system: You are a helpful assistant.
user:
Analyze the provided spectrum to determine if it is a **White Dwarf (WD)**.

A White Dwarf spectrum is defined by its **extreme purity** (due to gravitational settling) and/or **extreme pressure broadening** (due to high surface gravity). You must check for one of the following mutually exclusive signatures:

- **Key Visual Indicators (Check for ONE of these types):**

    - **1. DA-Type Signature (Most Common):**
        - **(Primary Feature):** Extreme pressure broadening (Stark broadening) of the **Hydrogen (H) Balmer lines**.
        - **(Key Lines):** $H\beta$ (approx. $4861$ Å) and $H\gamma$ (approx. $4340$ Å). $H\alpha$ (approx. $6563$ Å) will also be present if the wavelength range covers it.
        - **(Line Profile):** This is the **defining feature**. The lines are **NOT** sharp. They appear as massive, **extremely broad and deep "troughs" or "dips"** in the spectrum, often hundreds of Ångströms wide. The continuum will appear to "scoop" down at these wavelengths.
        - **(Distinction):** Normal A-type or B-type stars have *narrow* and *sharp* Hydrogen lines. A DA White Dwarf's lines are unmistakably "smeared" or "blurry" from pressure.

    - **2. DB-Type Signature:**
        - **(Primary Feature):** Broad absorption lines from **Neutral Helium (He I)**. The spectrum must lack any visible Hydrogen lines.
        - **(Key Lines):** Look for broad absorption near $4471$ Å, $4921$ Å, and $5876$ Å.
        - **(Line Profile):** These lines are also significantly pressure-broadened, appearing much wider than they would in a normal B-type main-sequence star.

    - **3. DC-Type Signature:**
        - **(Primary Feature):** A **featureless continuous spectrum**.
        - **(Line Profile):** The spectrum is a smooth curve with **no significant absorption or emission lines**.
        - **(Key Confirmation):** The continuum is almost always **blue or white**, indicating a hot object. This signature implies the atmosphere is so pure (or so cool) that no spectral lines are visible in the optical range. Its WD identity is confirmed by its extremely low intrinsic brightness (high absolute magnitude).

    - **4. DZ-Type Signature (Metal-Polluted):**
        - **(Primary Feature):** **Isolated, narrow metal absorption lines** on an otherwise featureless (DC-like) continuum.
        - **(Key Lines):** The **Calcium (Ca II) H & K doublet** (approx. **$3934$ Å** and **$3968$ Å**) is the most common and defining feature.
        - **(Line Profile):** These lines are "out of place." They are *not* part of a "forest" of thousands of lines. This signature is evidence of recent *accretion* (pollution) from rocky debris.
        - **(Distinction):** Normal G/K/M stars have a *dense forest* of thousands of metal lines. A DZ has a *clean* continuum with *only a few* strong metal lines.

    - **5. DQ-Type Signature (Carbon-Polluted):**
        - **(Primary Feature):** Absorption bands from **Carbon (C₂ "Swan Bands" or atomic C I)**.
        - **(Key Lines - C₂):** Look for bandheads with a "saw-tooth" shape near $5635$ Å, **$5165$ Å** (strongest), and $4737$ Å.
        - **(Key Confirmation):** The underlying **continuum must be blue or white** (hot).
        - **(Distinction):** This is the critical difference from a **Carbon Star**, which has the *exact same* C₂ bands but on an extremely **red, cool** continuum.

- **(Overall Spectrum):**
    - The continuum (overall shape) is typically **blue-sloping** (brighter in the blue than the red), as most white dwarfs are very hot.
    - The spectrum will look "pure" or "simple," dominated by only *one* of the five signatures listed above.

Think first, call **spectral_visualization_tool** if needed to examine features in detail, then provide your final answer. Your response must adhere to the following strict rules:
1.  **Overall Structure:** Your response must follow the format `<think>...</think> <tool_call>...</tool_call> (if a tool is used) <answer>...</answer>`.
2.  **Tool Usage Constraint:** You may only make **one** tool call per turn.
3.  **Final Answer Format:** In the `<answer>` tag, your conclusion must be inside a `\boxed{}` command (e.g., `\boxed{YES}` or `\boxed{NO}`), followed by your justification.

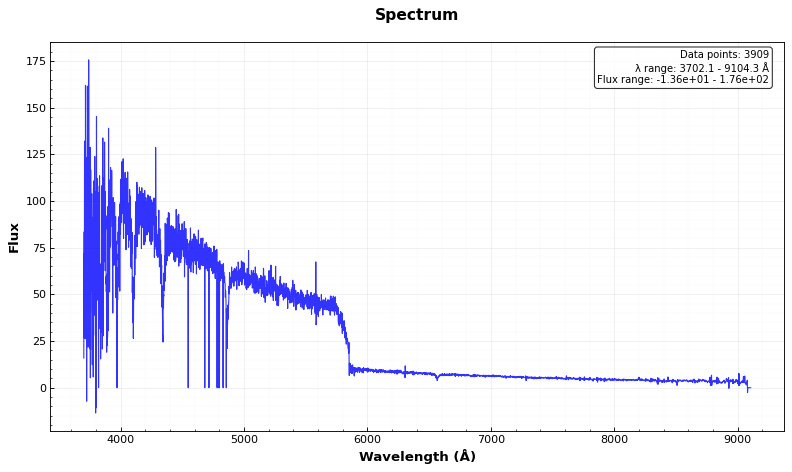
Answer: YES